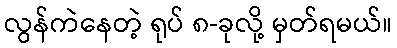
လွန်ကဲနေတဲ့ ရုပ် ၈-ခုလို့ မှတ်ရမယ်။